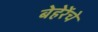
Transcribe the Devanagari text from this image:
बेहेरेंचे